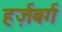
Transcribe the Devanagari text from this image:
हर्ज़बर्ग